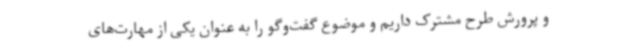
و پرورش طرح مشترک داریم و موضوع گفت‌وگو را به عنوان یکی از مهارت‌های